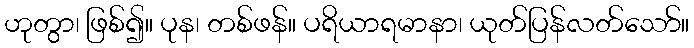
ဟုတွာ၊ ဖြစ်၍။ ပုန၊ တစ်ဖန်။ ပရိယာရမာနာ၊ ယုတ်ပြန်လတ်သော်။